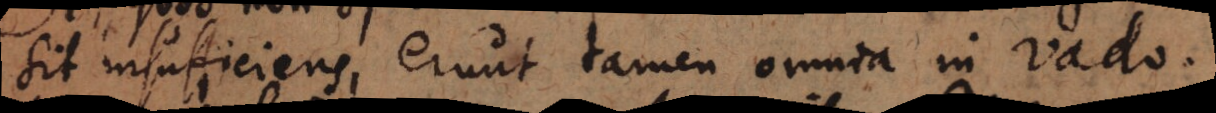
sit insufficiens, erunt tamen omnia in vado.